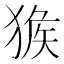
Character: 㺅